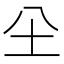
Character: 𡉀